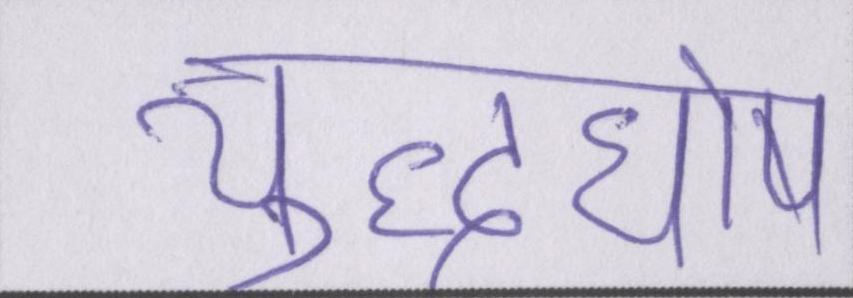
युद्धघोष